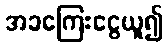
အခကြေးငွေယူ၍